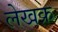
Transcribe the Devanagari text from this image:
लेखक्र